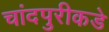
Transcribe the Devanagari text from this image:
चांदपुरीकडे